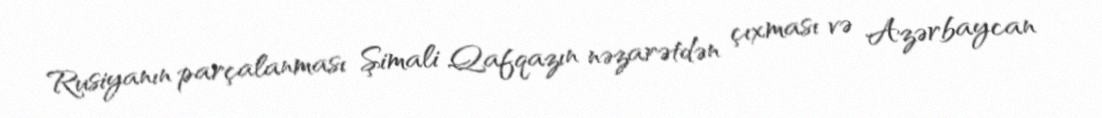
Rusiyanın parçalanması Şimali Qafqazın nəzarətdən çıxması və Azərbaycan